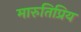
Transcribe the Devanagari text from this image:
मारुतिप्रिय